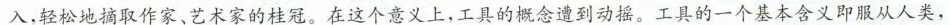
入，轻松地摘取作家、艺术家的桂冠。在这个意义上，工具的概念遭到动摇。工具的一个基本含义即服从人类，